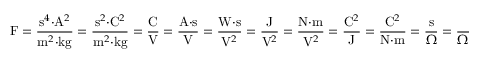
{ \mathrm { F } } = { \frac { { \mathrm { s } } ^ { 4 } { \cdot } { \mathrm { A } } ^ { 2 } } { { \mathrm { m } } ^ { 2 } { \cdot } { \mathrm { k g } } } } = { \frac { { \mathrm { s } } ^ { 2 } { \cdot } { \mathrm { C } } ^ { 2 } } { { \mathrm { m } } ^ { 2 } { \cdot } { \mathrm { k g } } } } = { \frac { \mathrm { C } } { \mathrm { V } } } = { \frac { { \mathrm { A } } { \cdot } { \mathrm { s } } } { \mathrm { V } } } = { \frac { { \mathrm { W } } { \cdot } { \mathrm { s } } } { { \mathrm { V } } ^ { 2 } } } = { \frac { \mathrm { J } } { { \mathrm { V } } ^ { 2 } } } = { \frac { { \mathrm { N } } { \cdot } { \mathrm { m } } } { { \mathrm { V } } ^ { 2 } } } = { \frac { { \mathrm { C } } ^ { 2 } } { \mathrm { J } } } = { \frac { { \mathrm { C } } ^ { 2 } } { { \mathrm { N } } { \cdot } { \mathrm { m } } } } = { \frac { \mathrm { s } } { \Omega } } = { \frac { 1 } { \Omega { \cdot } { \mathrm { H z } } } } = { \frac { { \mathrm { s } } ^ { 2 } } { \mathrm { H } } } ,